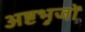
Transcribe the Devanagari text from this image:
अष्टभुजों